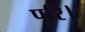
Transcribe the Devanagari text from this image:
पूरि।